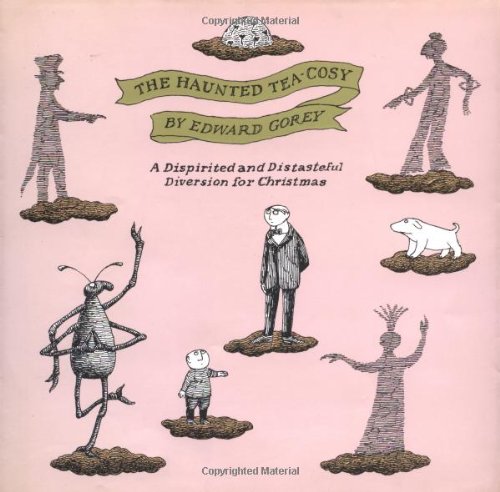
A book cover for The Haunted Tea-Cosy: A Dispirited and Distasteful Diversion for Christmas; Edward Gorey; Comics & Graphic Novels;